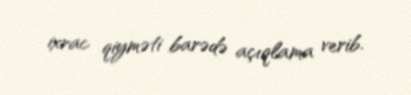
ixrac qiyməti barədə açıqlama verib.